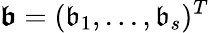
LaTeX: \boldsymbol{\mathfrak{b}}=(\mathfrak{b}_{1},...,\mathfrak{b}_{s})^{T}